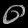
Digit: ၀